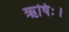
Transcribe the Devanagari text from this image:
ऋषिः।